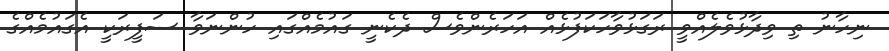
ނިހާނު ތި ވިދާޅުވެލެއްވީ ރަގަޅުވާހަކަފުޅެއް އަހަރެންވެސް ދެކެނީ ގައުމެއްގައި ހުންނަވާ ސަފީރަކީ އެގައުމެއްގެ